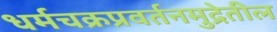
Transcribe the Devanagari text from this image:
धर्मचक्रप्रवर्तनमुद्रेतील